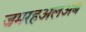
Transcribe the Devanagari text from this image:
जमरहअलअब